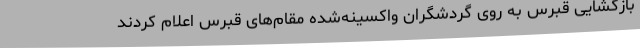
بازگشایی قبرس به روی گردشگران واکسینه‌شده مقام‌های قبرس اعلام کردند